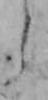
う